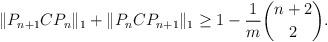
LaTeX: \begin{align*} \|P_{n+1}CP_n\|_1 + \|P_nCP_{n+1}\|_1 \geq 1 - \frac{1}{m} \binom{n+2}{2}.\end{align*}